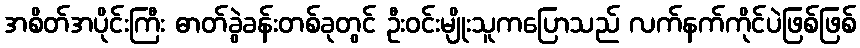
အစိတ်အပိုင်းကြီး ဓာတ်ခွဲခန်းတစ်ခုတွင် ဦးဝင်းမျိုးသူကပြောသည် လက်နက်ကိုင်ပဲဖြစ်ဖြစ်